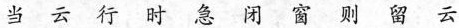
当云行时急闭窗则留云